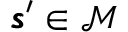
\pmb { \mathscr { s } } ^ { \prime } \in \mathcal { M }